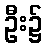
ဦး၌